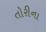
તોરીના